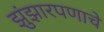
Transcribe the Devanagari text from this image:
झुंझारपणाचे